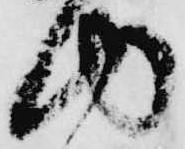
内